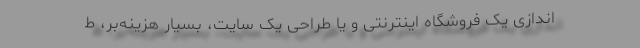
‌اندازی یک فروشگاه اینترنتی و یا طراحی یک سایت، بسیار هزینه‌بر، ط